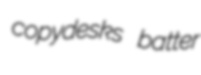
copydesks batter